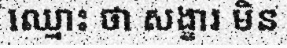
ឈ្មោះ ថា សង្ខារ មិន